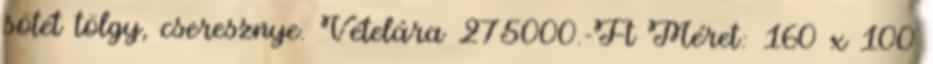
sötét tölgy, cseresznye. Vételára 275000.-Ft Méret: 160 x 100